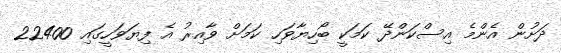
ދަށުން އެންމެ އިސްކަންދޭ ކަމަކީ ބޯހިޔާވަހި ކަމަށް ވާާއިރު އެ ފިޔަވަހީގައި 22400